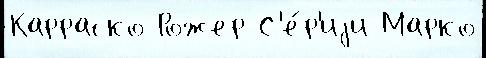
Карраско Рожер С'е́р'иjи Марко